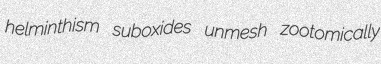
helminthism suboxides unmesh zootomically